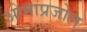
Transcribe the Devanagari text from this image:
ओमाप्रजोल